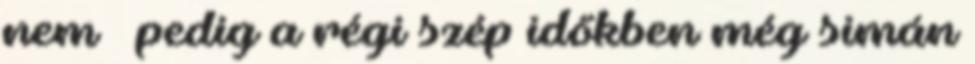
nem – pedig a régi szép időkben még simán